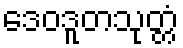
ဒေဝဒူတသုတ္တံ